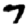
Digit: 7